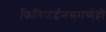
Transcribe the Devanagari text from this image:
फिलिपाईनसमध्येही